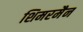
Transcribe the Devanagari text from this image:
शिमरमैन